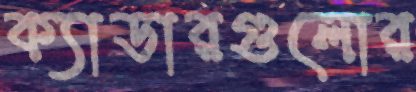
ক্যাডারগুলোর